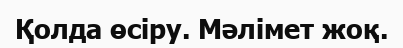
Қолда өсіру. Мәлімет жоқ.